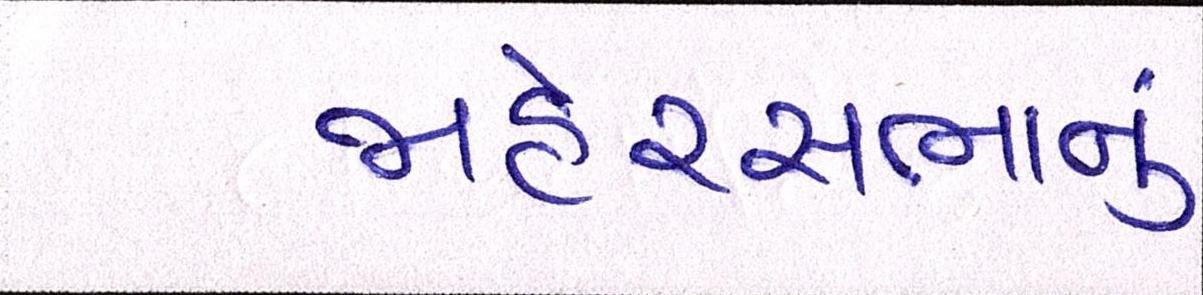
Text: જાહેરસભાનું